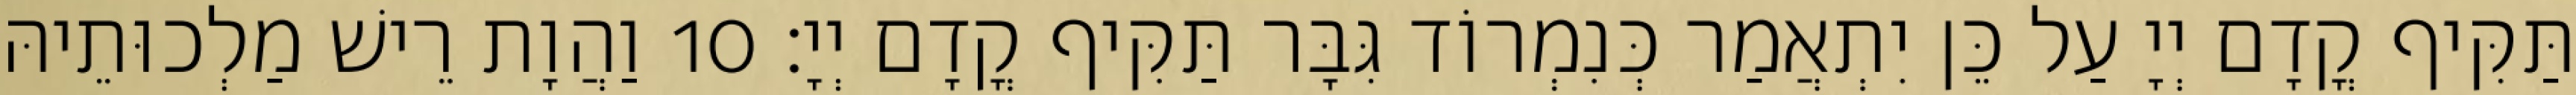
תַּקִּיף קֳדָם יְיָ עַל כֵּן יִתְאֲמַר כְּנִמְרוֹד גִּבָּר תַּקִּיף קֳדָם יְיָ׃ 10 וַהֲוָת רֵישׁ מַלְכוּתֵיהּ